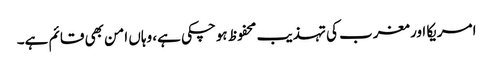
امریکا اور مغرب کی تہذیب محفوظ ہوچکی ہے، وہاں امن بھی قائم ہے۔